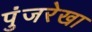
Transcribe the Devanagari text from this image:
पुंजरेखा